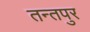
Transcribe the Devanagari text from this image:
तन्तपुर